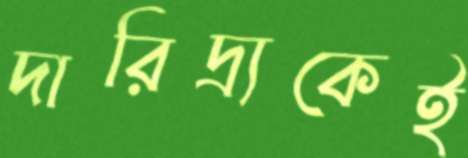
দারিদ্র্যকেই